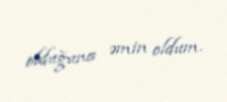
olduğuna əmin oldum.